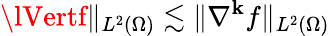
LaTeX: \lVertf\rVert_{L^{2}(\Omega)}\lesssim\lVert\nabla^{\mathbf{k}}f\rVert_{L^{2}(\Omega)}